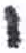
אות: י